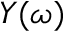
Y ( \omega )